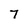
Character: 7